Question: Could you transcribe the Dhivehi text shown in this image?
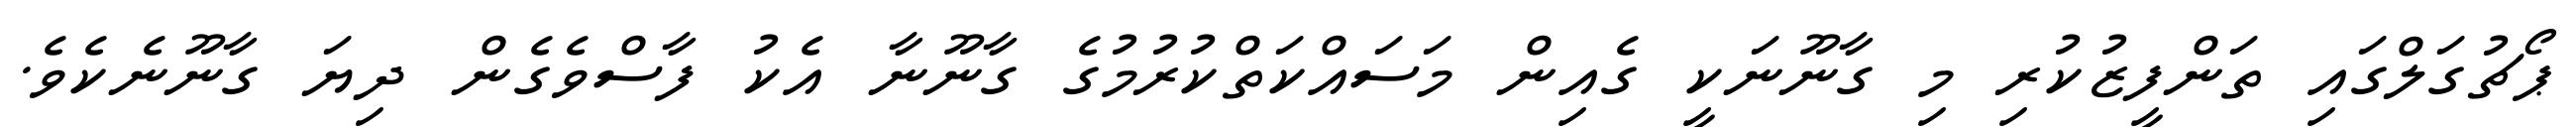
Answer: ޕޯޗުގަލްގައި ތަންފީޒުކުރި މި ގާނޫނަކީ ގެއިން މަސައްކަތްކުރުމުގެ ގާނޫނާ އެކު ފާސްވެގެން ދިޔަ ގާނޫނެކެވެ.